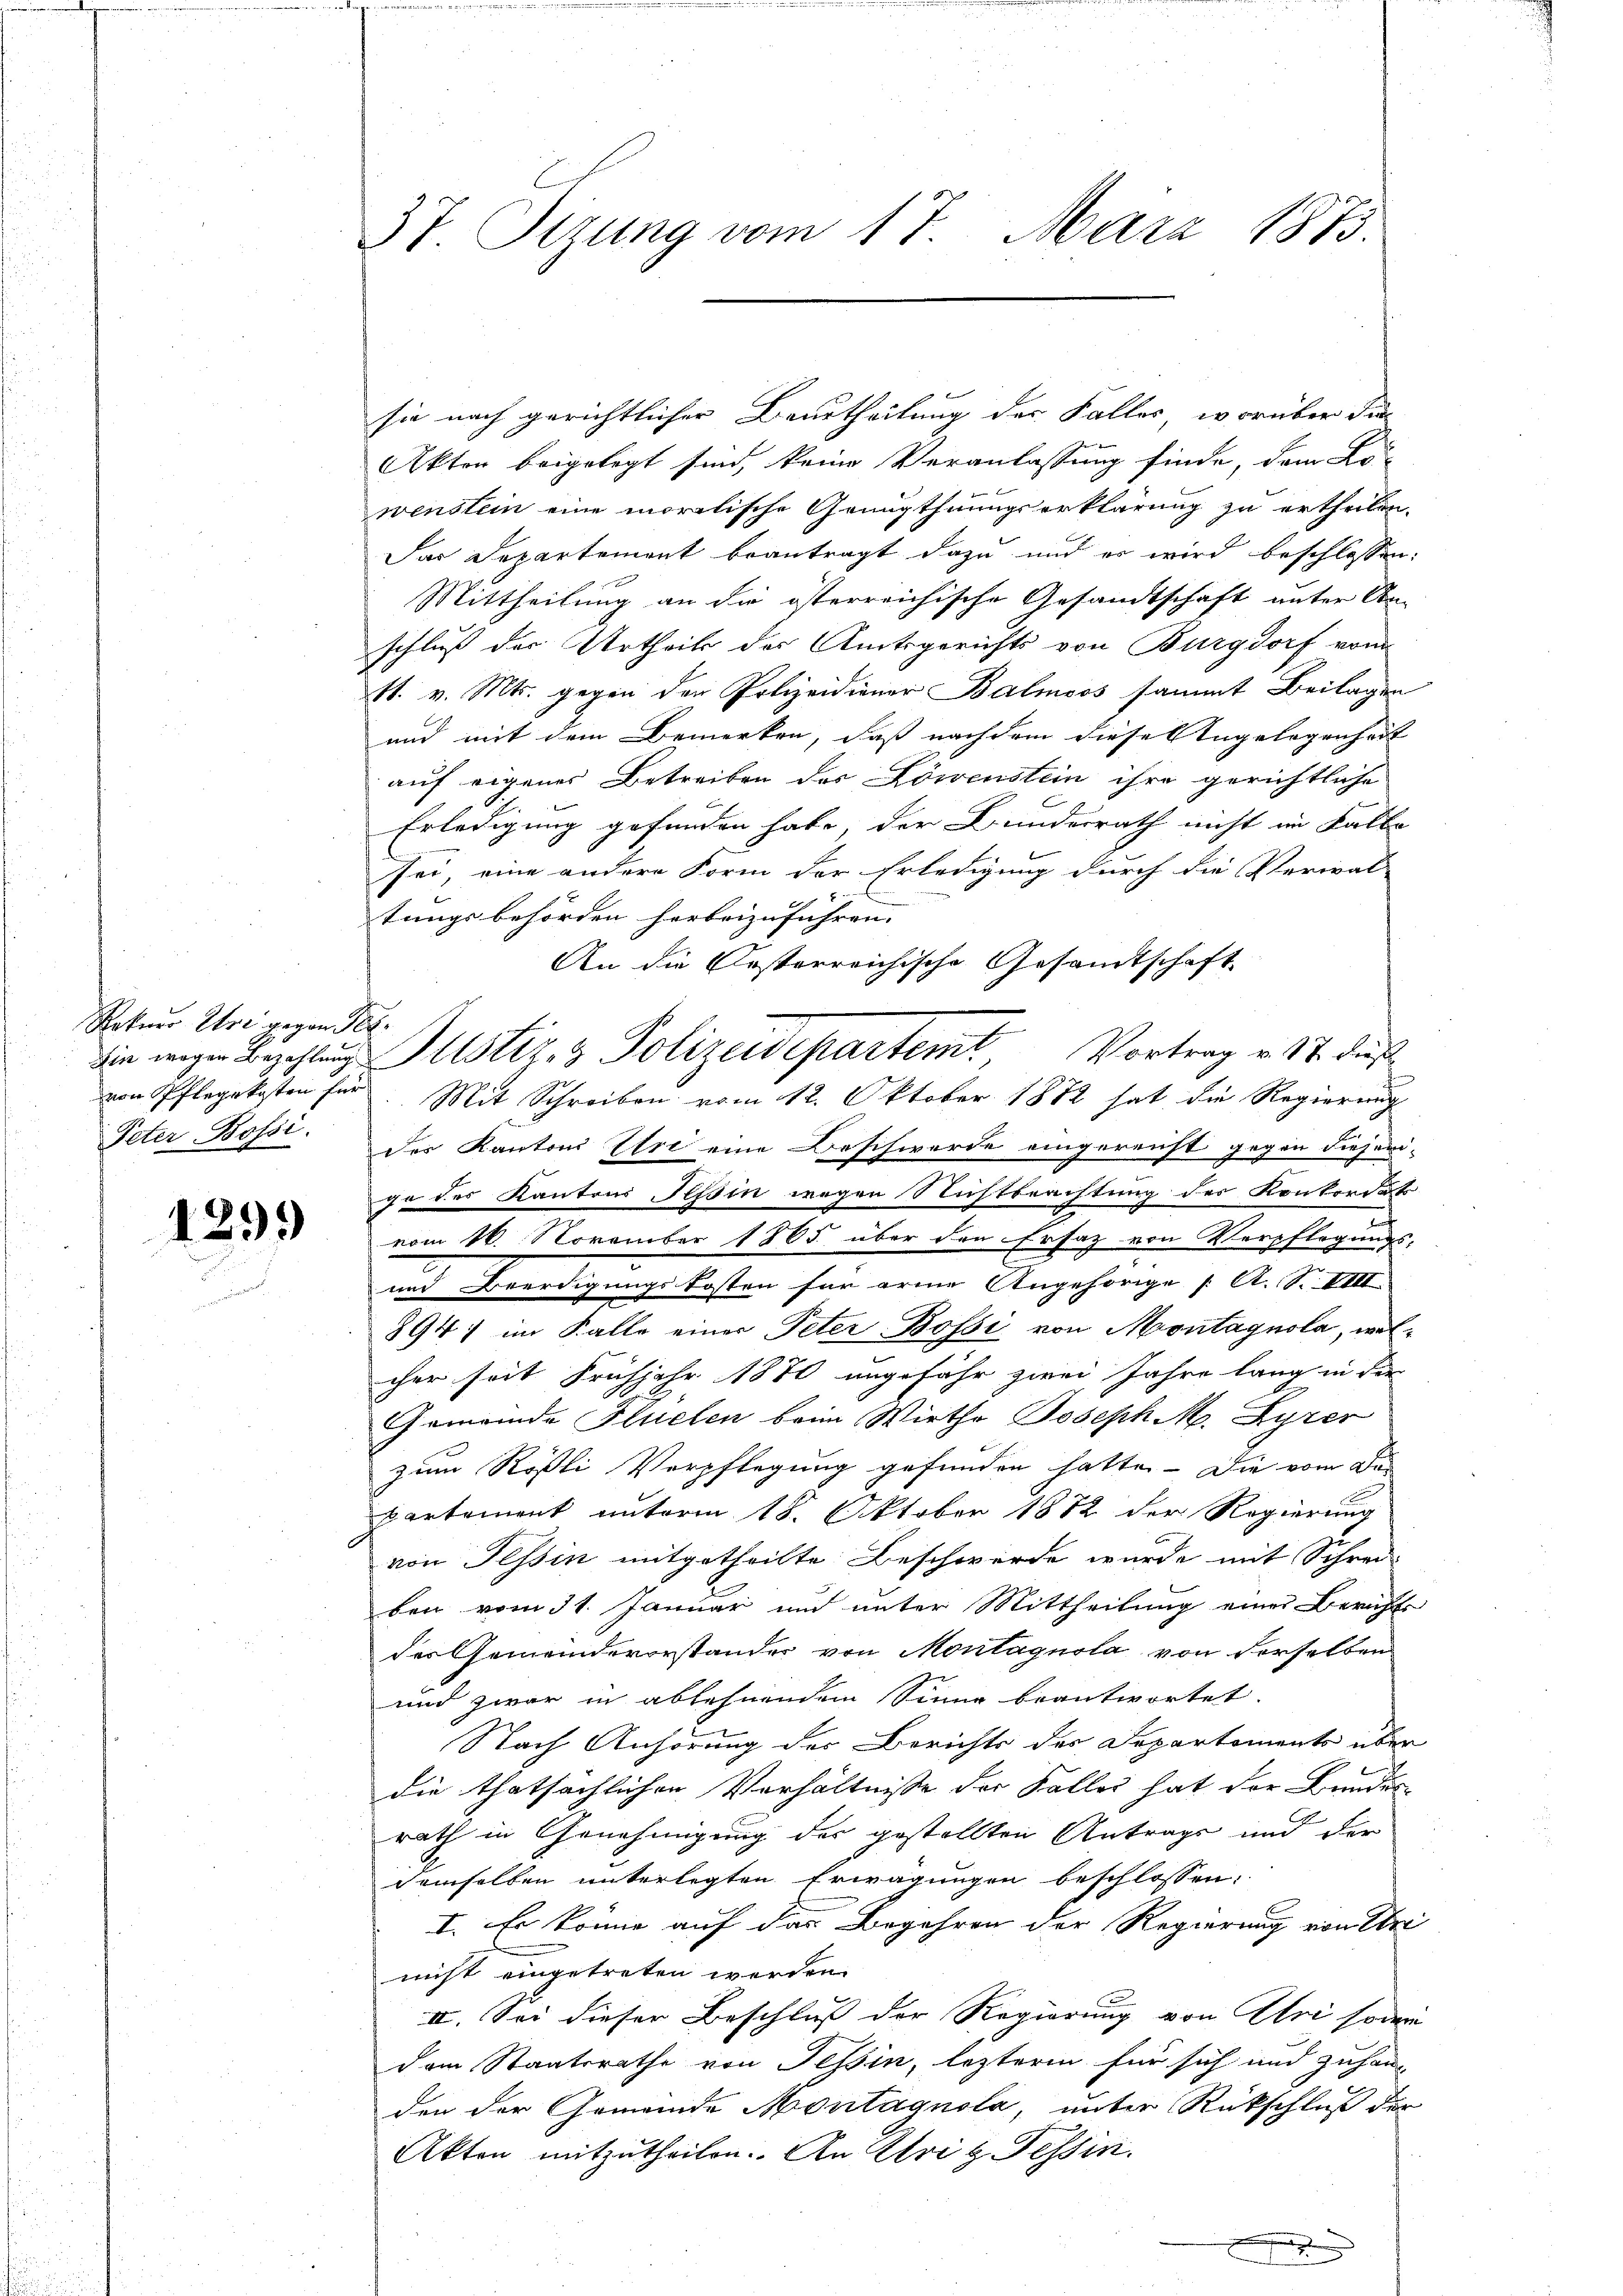
Rekurs Uri gegen Per¬
Peter Bossi

1299)

37. Tizung vom 17. März 1873.

sie nach gerichtlicher Beurtheilung der Falles, worüber die
Akten beigelegt sind, keine Veranlassung finde, dem Lo-
wenstein eine moralische Genugthuungserklärung zu ertheilen.
Das Departement beantragt dazu und er wird beschlossen:
Mittheilung an die österreichische Gesandtschaft unter Un-
schluß der Urtheils des Amtsgerichts von Burgdorf vom
11. v. Mts. gegen der Polizeidiener Balmoos sammt Beilagen
und mit dem Bemerken, daß nachdem dieses Angelegenheit
auf eigenes Betreiben des Löwenstein ihre gerichtliche
Erledigung gefunden habe, der Bunderrath nicht im Falle
sei, eine andere Form der Erledigung durch die Verwal-
tungsbehörden herbeizuführen.
An die besterreichische Gesandtschaft
von Pflegekosten für Mit Schreiben vom 12. Oktober 1872 hat die Regierung
der Kantons Uri eine Beschwerde eingereicht gegen diejenige des Kantons Tessin wegen Nichtberichtung des Konkordats
vom 16. November 1865 über den Ersatz von Verpflegungs-
und Beerdigungskosten für arme Angehörige /: A. S. VIII.
8941 im Kalle einer Peter Bossi von Montagnola, welcher seit Frühjahr 1870 angefähr zwei Jahre lang in der
Gemeinde Flüelen beim Wirth Joseph M. Lyzer
zum Rößli Verpflegung gefunden hatte. Die vom Da-
partement unterm 18. Oktober 1872 der Regierung
von Tessin mitgetheilte Beschwerde wurde mit Schrei-
ben vom 31. Januar um unter Mittheilung einer Berichts
der Gemeindevorstander von Montagnola von derselben
und zwar in ablehnendem Sinne beantwortet.
Nach Anhörung des Berichts des Departements über
die thatsächlichen Verhältnisse der Falles hat der Bundes-
rath in Genehmigung des gestellten Antrage und der
demselben unterlegten Erwägungen beschlossen:
I. Es könne auf das Begehren der Regierung von Uri
nicht eingetreten werden.
III. Sei dieser Beschluß der Regierung von Uri sodann
dem Staatsrathe von Tessin, lezteren für sich und zuhang
den der Gemeinde Montagnola, unter Rückschluß der
Akten mitzutheilen. An Uri t Tessin.
.

die wegen Bezahlŭng Justiz- & Polizeidepartemt Vortrag v. 17. dieß